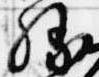
勝